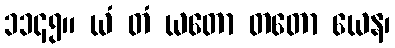
၁၁၄၅။ ယံ တံ ယတော တတော ယေန၊